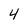
Character: 4